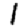
Digit: 1